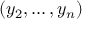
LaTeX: ( y _ { 2 } , \dots , y _ { n } )